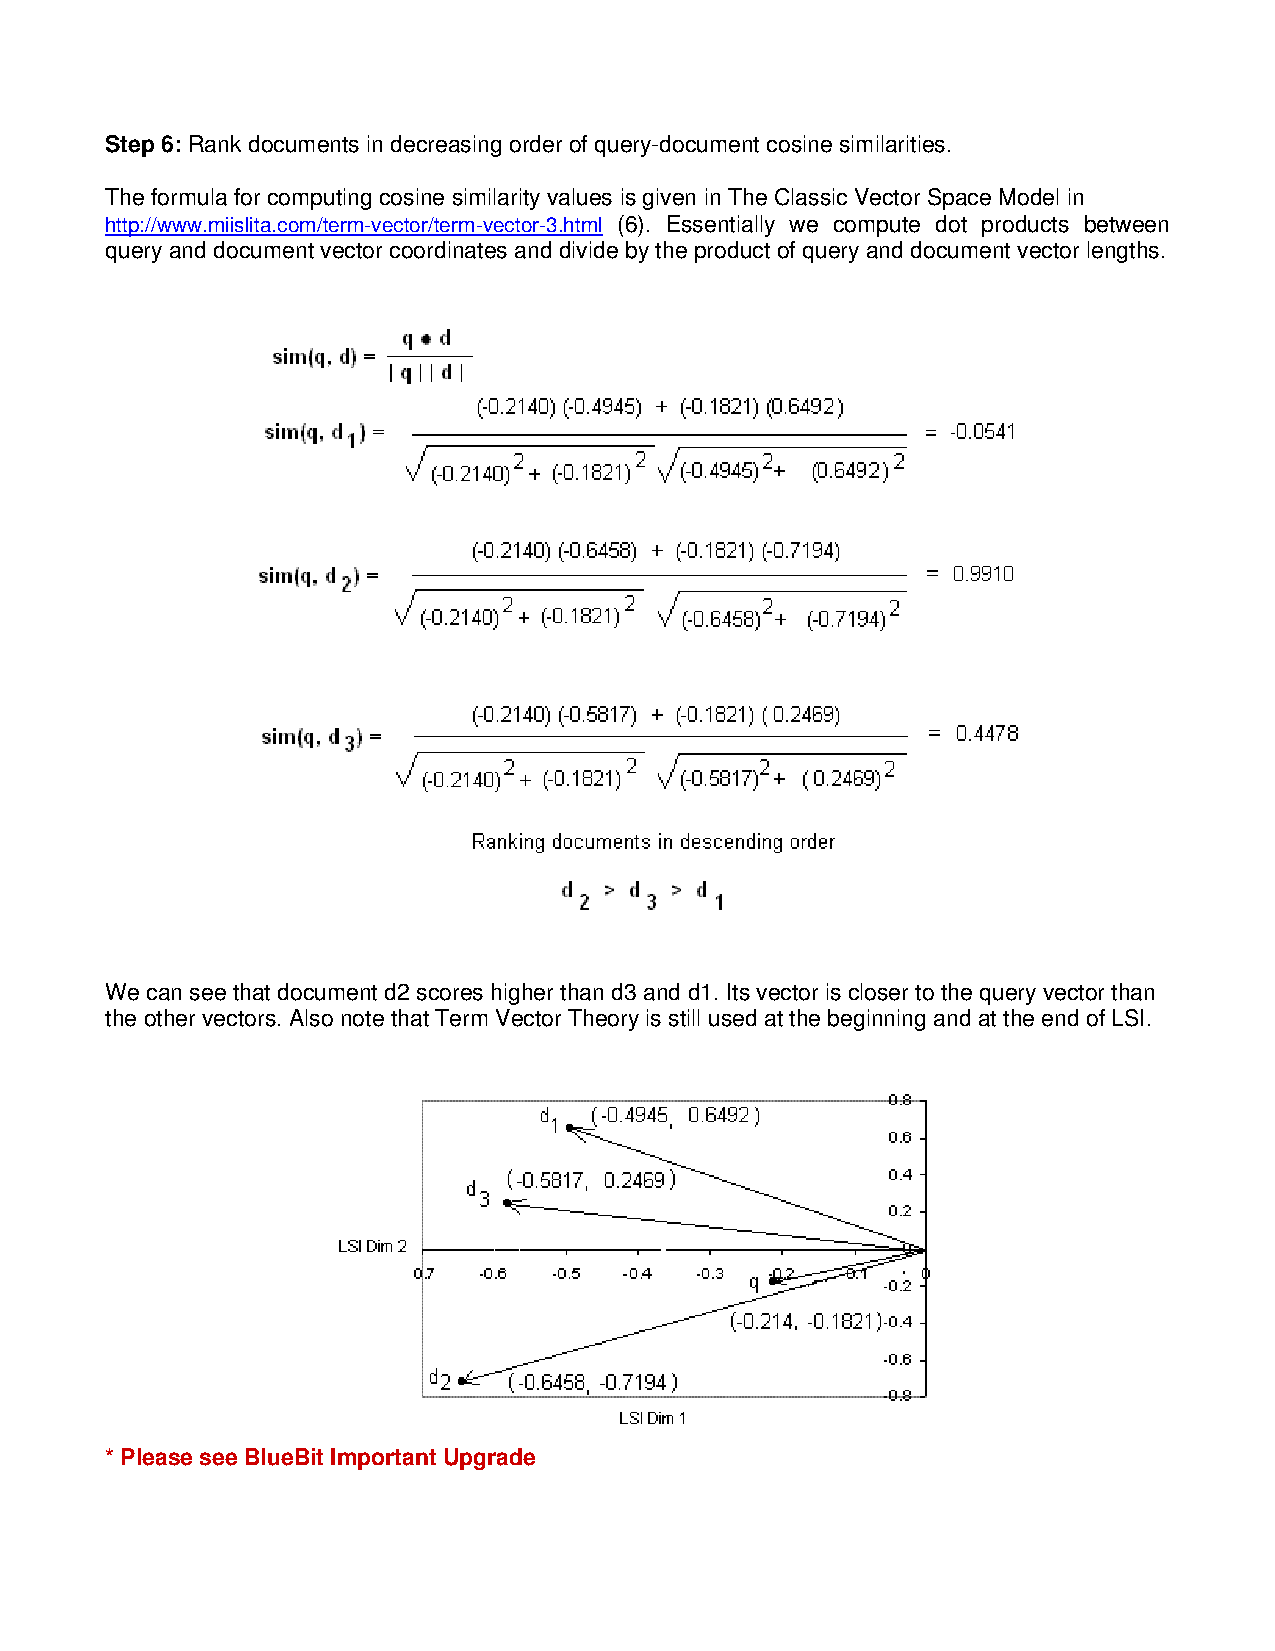
Step 6: Rank documents in decreasing order of query-document cosine similarities.
 The formula for computing cosine similarity values is given in The Classic Vector Space Model in
 http://www.miislita.com/term-vector/term-vector-3.html (6). Essentially we compute dot products between
 query and document vector coordinates and divide by the product of query and document vector lengths.
 We can see that document d2 scores higher than d3 and d1. Its vector is closer to the query vector than
 the other vectors. Also note that Term Vector Theory is still used at the beginning and at the end of LSI.
 * Please see BlueBit Important Upgrade